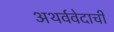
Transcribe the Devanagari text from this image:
अथर्ववेदाची